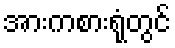
အားကစားရုံတွင်